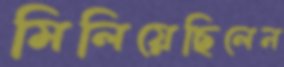
মিলিয়েছিলেন